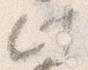
此